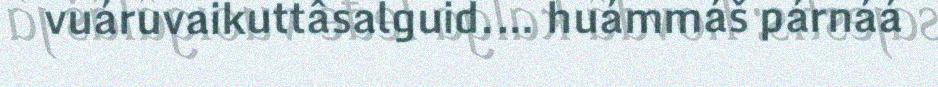
vuáruvaikuttâsalguid.… huámmáš párnáá